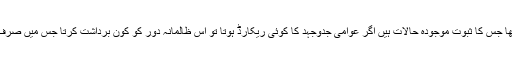
جو کچھ بھی اس نام پر ہر دور میں ہوتا رہا وہ محض دھوکا تھا جس کا ثبوت موجودہ حالات ہیں اگر عوامی جدوجہد کا کوئی ریکارڈ ہوتا تو اس ظالمانہ دور کو کون برداشت کرتا جس میں صرف عوام اور وہ بھی غریب عوام کی چمڑی ادھیڑی جا رہی ہے۔